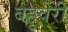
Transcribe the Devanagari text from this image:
बहुवेरी